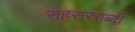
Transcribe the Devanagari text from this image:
सहसस्राब्दी